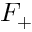
F _ { + }